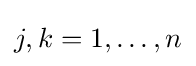
j,k=1,\dots ,n